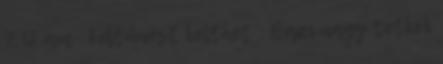
7:12 am ◯ Feltűnést kelthet : Bazi nagy tetkók